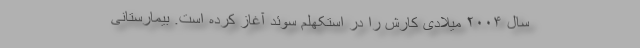
سال ۲۰۰۴ میلادی کارش را در استکهلم سوئد آغاز کرده است. بیمارستانی